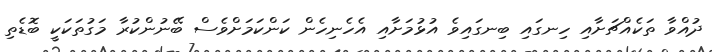
ދުއްވާ ތަކެއްޗަށާއި ހިނގައި ބިނގައިވެ އުޅުމަށާއި އެހެނިހެން ކަންކަމަށްވެސް ބޭނުންކުރާ މަގުތަކަކީ ބޮޑެތި